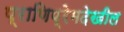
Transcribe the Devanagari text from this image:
प्राणिप्रेमदेखील